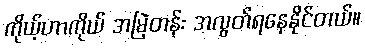
ကိုယ့်ဟာကိုယ် အမြဲတန်း အလွတ်ရနေနိုင်တယ်။